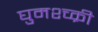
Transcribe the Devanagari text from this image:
घुमश्च्क्री